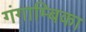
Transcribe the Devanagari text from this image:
गंगाम्बिका